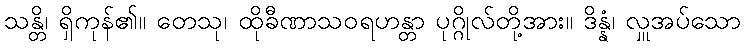
သန္တိ၊ ရှိကုန်၏။ တေသု၊ ထိုခီဏာသဝရဟန္တာ ပုဂ္ဂိုလ်တို့အား။ ဒိန္နံ၊ လှူအပ်သော